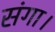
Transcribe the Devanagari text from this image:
संगा।